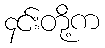
၄င်းတို့က